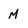
Character: m